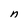
Character: n